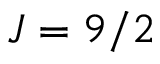
J = 9 / 2